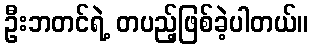
ဦးဘတင်ရဲ့ တပည့်ဖြစ်ခဲ့ပါတယ်။